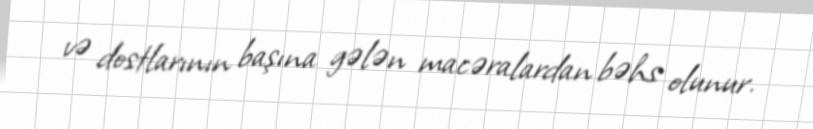
və dostlarının başına gələn macəralardan bəhs olunur.